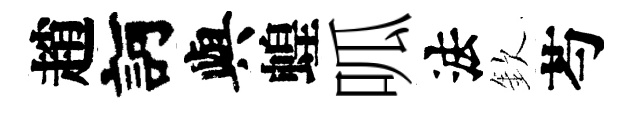
趙訶與蝗呱法欽芍